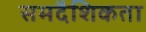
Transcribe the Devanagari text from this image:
समदैशिकता